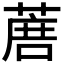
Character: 𦶹